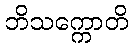
ဘိသက္ကောတိ